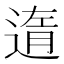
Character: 遀